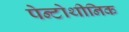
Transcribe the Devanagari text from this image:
पेन्टोथीनिक